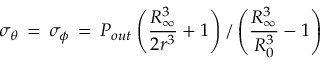
\sigma _ { \theta } \, = \, \sigma _ { \phi } \, = \, P _ { o u t } \left( \frac { R _ { \infty } ^ { 3 } } { 2 r ^ { 3 } } + 1 \right) / \left( \frac { R _ { \infty } ^ { 3 } } { R _ { 0 } ^ { 3 } } - 1 \right)